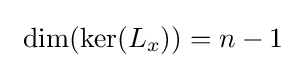
\ \dim(\ker(L_{x}))=n-1\